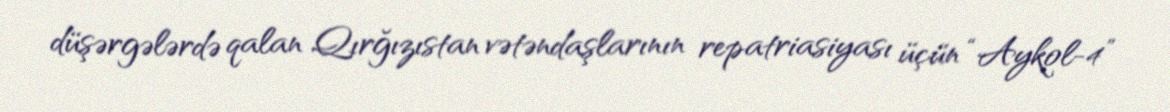
düşərgələrdə qalan Qırğızıstan vətəndaşlarının repatriasiyası üçün “Aykol-4”